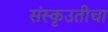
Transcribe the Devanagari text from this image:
संस्कृउतीचा